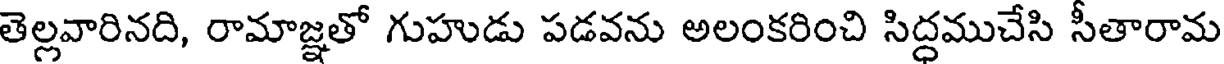
తెల్లవారినది, రామాజ్ఞతో గుహుడు పడవను అలంకరించి సిద్ధముచేసి సీతారామ